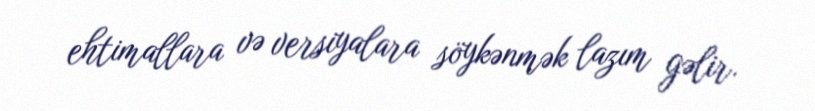
ehtimallara və versiyalara söykənmək lazım gəlir.